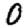
Digit: 0